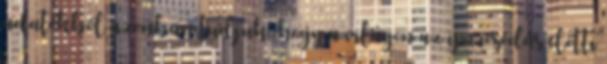
adatokból azonban tudjuk, hogy a világon az iparosodás előtti